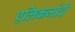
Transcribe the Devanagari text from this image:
एलिकजांदे